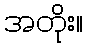
အတိုး။